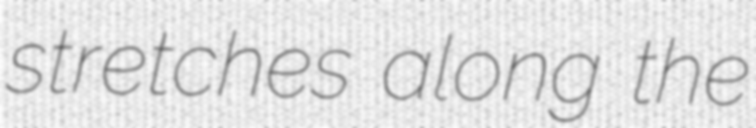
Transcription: stretches along the